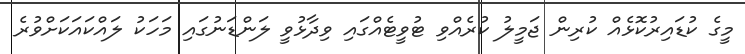
މީގެ ކުޑައިރުކޮޅެއް ކުރިން ޖަމީލު ކުރެއްވި ޓުވީޓެއްގައި ވިދާޅުވީ ލަންޑަނުގައި މަހަކު ލައްކައަކަށްވުރެ